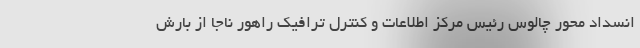
انسداد محور چالوس رئیس مرکز اطلاعات و کنترل ترافیک راهور ناجا از بارش